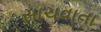
સાચવાતા